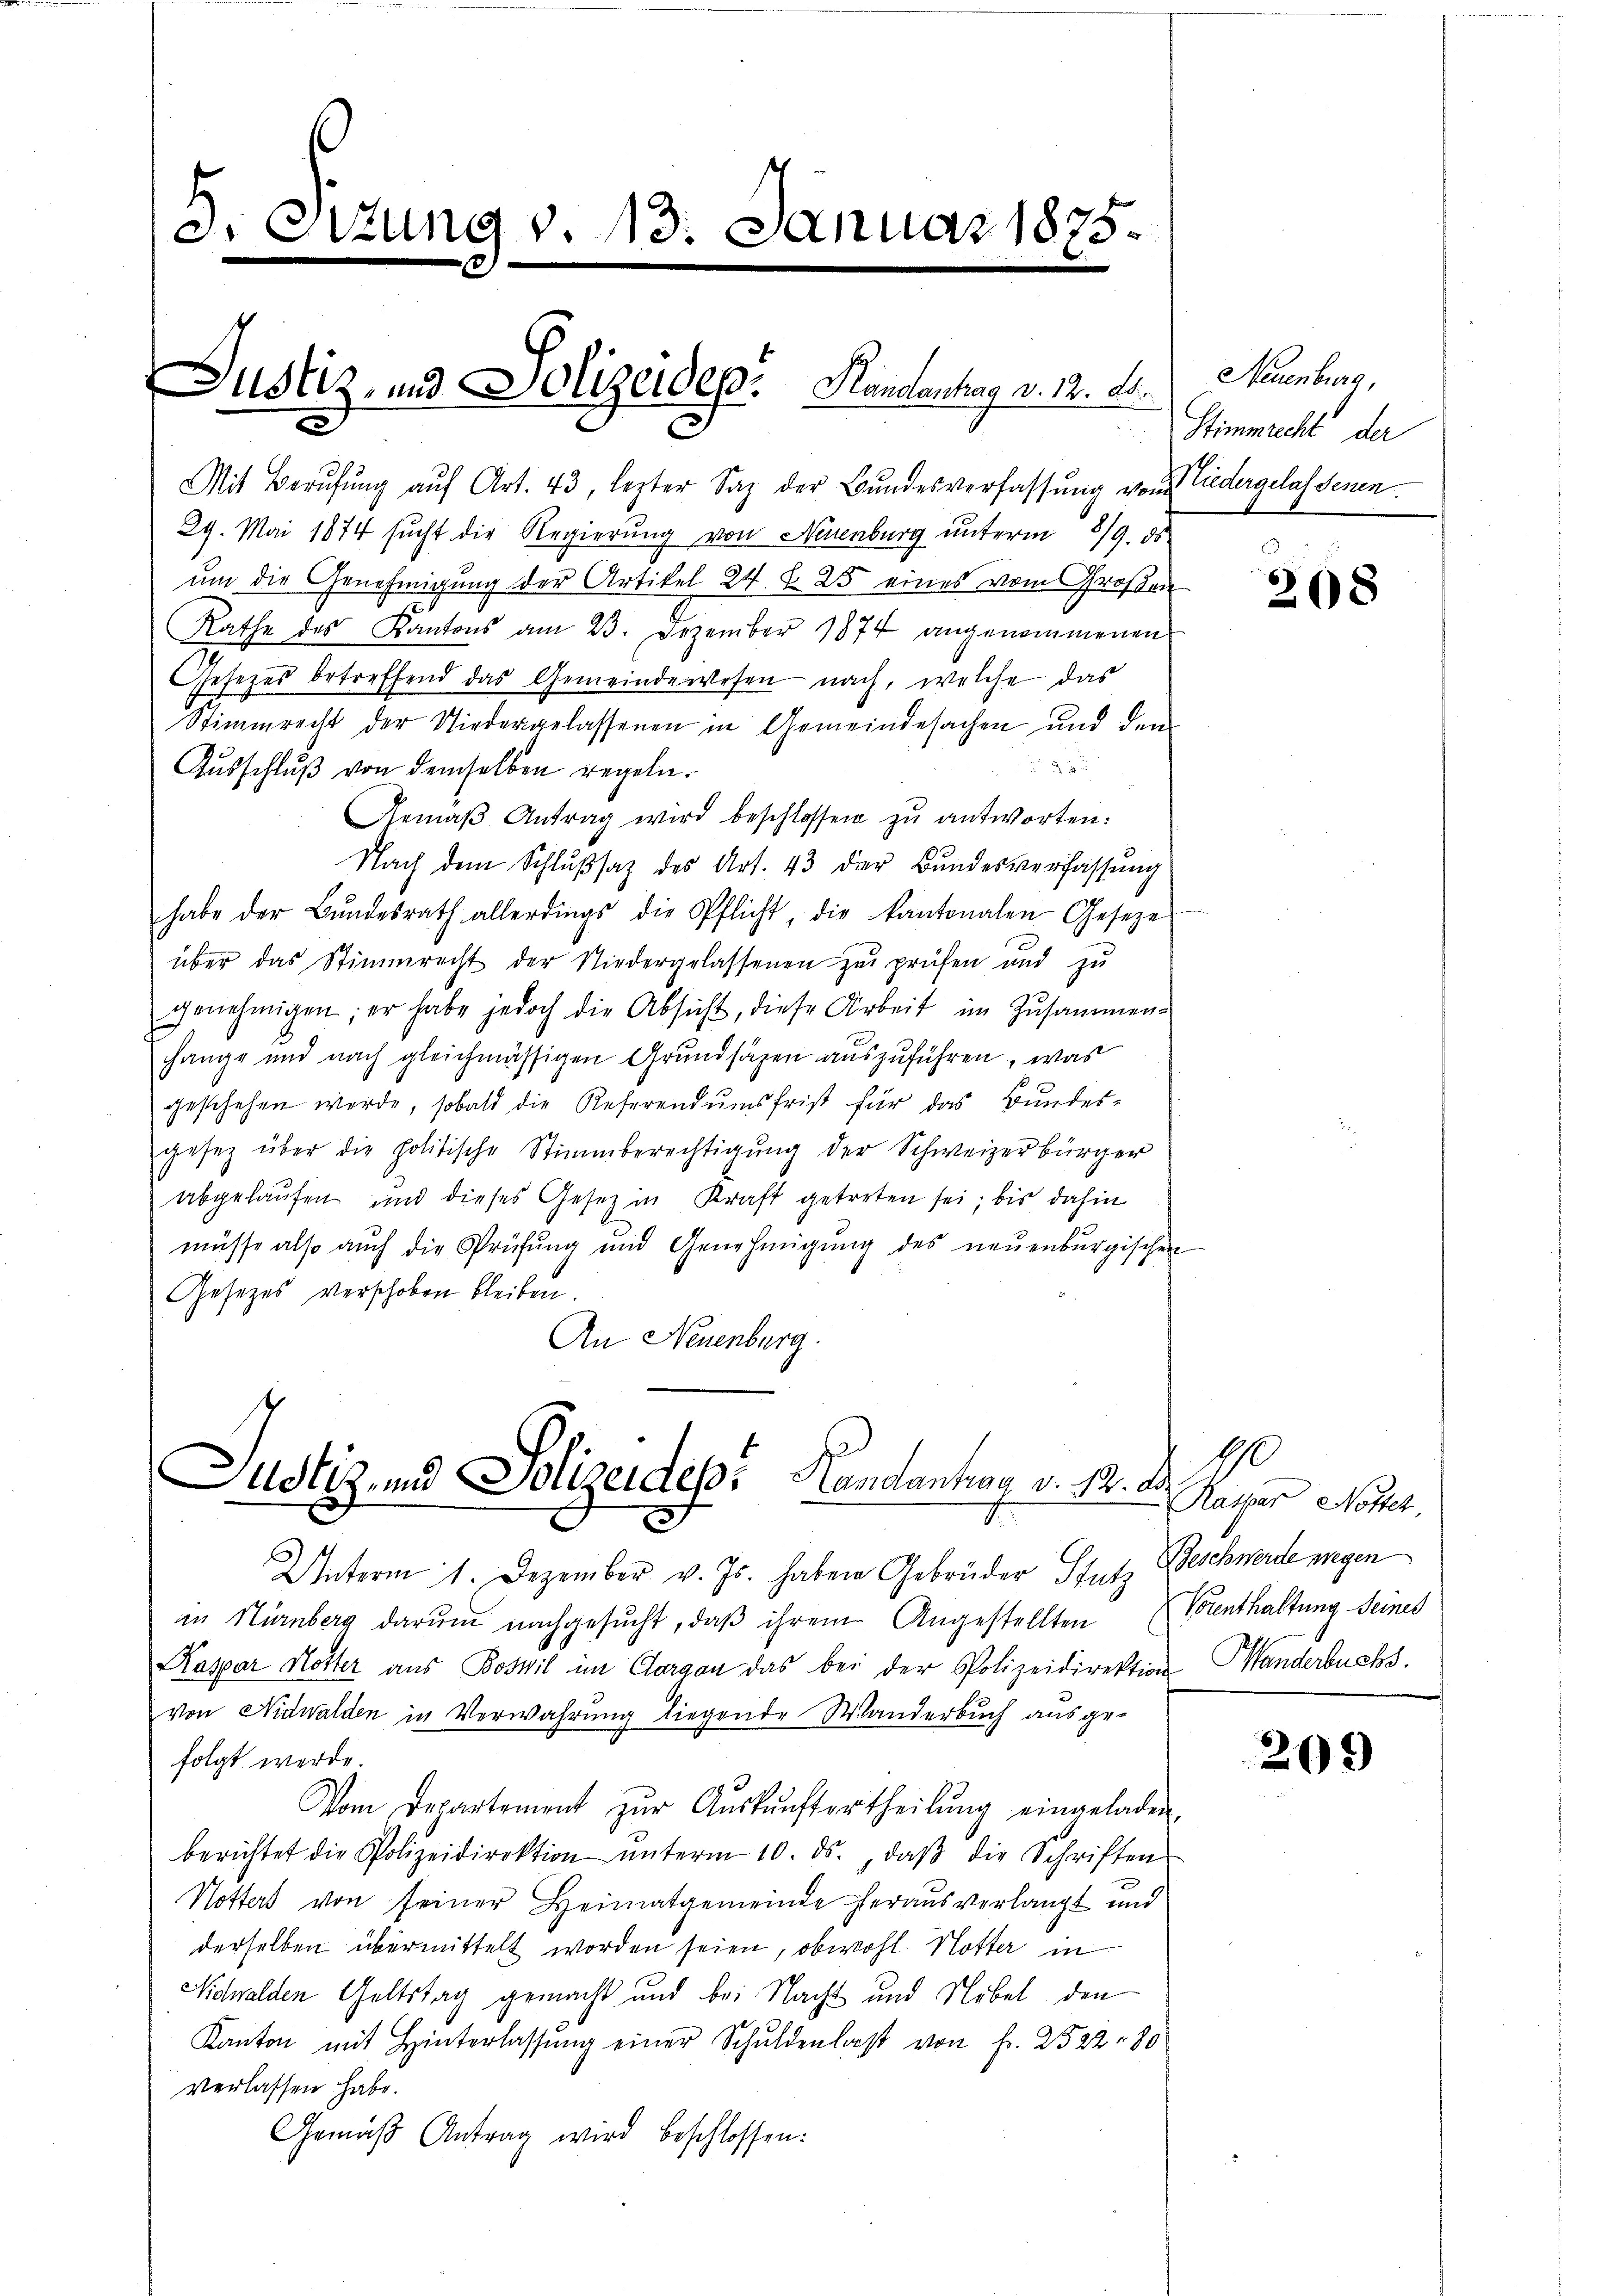
5.

ttung d. 113. Januar 1875.
.

Justiz- und Polizeidep. Handantrag v. 12. d.

Mit Berufung aŭf Art. 43, lezter Saz der Bŭndesverfassŭng von Liedergelassenen.
29. Mai 1874 sucht die Regierung von Neuenburg unterm 8/9. ds
um die Genehmigung der Artikel 24. d. 25 eines vom Großra
Rathe des Kantons am 23. Dezember 1874 angenommenen
Gesezes betreffend das Gemeindewesen nach, welche das
Stimmrecht der Niedergelassenen in Gemeindesachen und dem

Ausschluß von demselben regeln.
Gemäβ Antrag wird beschlossen zu antworten:
Nach dem Schlŭβsaz des Art. 43 der Bŭndesverfassŭng
habe der Bŭndesrath allerdings die Pflicht, die kantonalen Geseze
über das Stimmrecht der Niedergelassenen zu prüfen und zu
genehmigen; er habe jedoch die Absicht, diese Arbeit im Zusammen-
hange und nach gleichmässigen Grundsäzen auszuführen, was
geschehen werde, sobald die Referendumsfrist für das Bundesgesetz über die politische Stimmberechtigŭng der Schweizerbürger
abgelaufen und dieses Gesetz in Kraft getreten sei; bis dahin
müsse also auch die Prüfung und Genehmigŭng des neuenburgischen
Gesetzes verschoben bleiben.
An Neuenburg.

Unterm 1. Dezember v. Js. haben Gebrüder Stutz Beschwerde wegen
in Nürnberg darŭm nachgesŭcht, daβ ihrem Angestellten Vorenthaltung seines
Kaspar Hotter aus Boswil im Cargau das bei der Polizeidirektion Wanderbuchs
von Nidwalden in Verwahrung liegende Wanderbuch ausgefolgt werde.
Vom Departement zŭr Aŭskŭnftertheilŭng eingeladen,
berichtet die Polizeidirektion ŭnterm 10. ds., daβ die Schriften
Notters von seiner Heimatgemeinde heraus verlangt und
derselben übermittelt worden seien, obwohl. Notter in
Nidwalden Geltstag gemacht und bei Nacht und Nebel den
Kanton mit Hinterlassŭng einer Schuldenlast von Fr. 2522 - 80
verlassen habe.
Gemäß Antrag wird beschlossen:

Justiz- und Polizeides Handantrag v. 12. Dr. Kaspar Notel.

Neuenburg,
Stimmrecht der

208

190

209